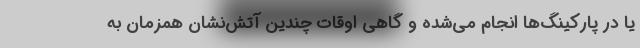
یا در پارکینگ‌ها انجام می‌شده و گاهی اوقات چندین آتش‌نشان همزمان به